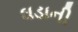
ઘડાની